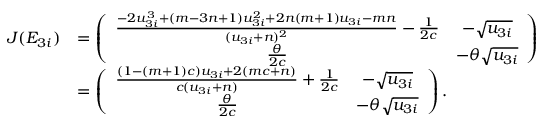
\begin{array} { r l } { J ( E _ { 3 i } ) } & { = \left( \begin{array} { c c } { \frac { - 2 u _ { 3 i } ^ { 3 } + ( m - 3 n + 1 ) u _ { 3 i } ^ { 2 } + 2 n ( m + 1 ) u _ { 3 i } - m n } { ( u _ { 3 i } + n ) ^ { 2 } } - \frac { 1 } { 2 c } } & { - \sqrt { u _ { 3 i } } } \\ { \frac { \theta } { 2 c } } & { - \theta \sqrt { u _ { 3 i } } } \end{array} \right) } \\ & { = \left( \begin{array} { c c } { \frac { ( 1 - ( m + 1 ) c ) u _ { 3 i } + 2 ( m c + n ) } { c ( u _ { 3 i } + n ) } + \frac { 1 } { 2 c } } & { - \sqrt { u _ { 3 i } } } \\ { \frac { \theta } { 2 c } } & { - \theta \sqrt { u _ { 3 i } } } \end{array} \right) . } \end{array}